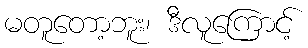
မတူတော့ဘူး၊ ဒီလူကြောင့်